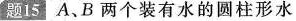
题15 A、B两个装有水的圆柱形水